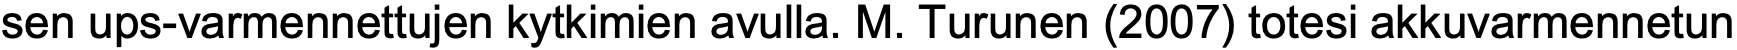
sen ups-varmennettujen kytkimien avulla. M. Turunen (2007) totesi akkuvarmennetun